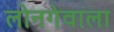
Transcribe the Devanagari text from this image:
लोनगेवाला